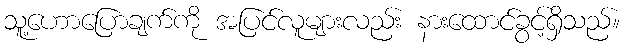
သူ့ဟောပြောချက်ကို အပြင်လူများလည်း နားထောင်ခွင့်ရှိသည်။